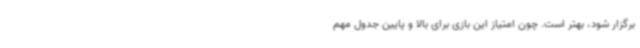
برگزار شود، بهتر است. چون امتیاز این بازی برای بالا و پایین جدول مهم